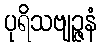
ပုရိသဗျဉ္ဇနံ